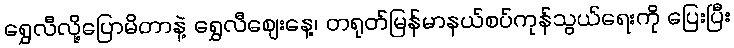
ရွှေလီလို့ပြောမိတာနဲ့ ရွှေလီဈေးနေ့၊ တရုတ်မြန်မာနယ်စပ်ကုန်သွယ်ရေးကို ပြေးပြီး